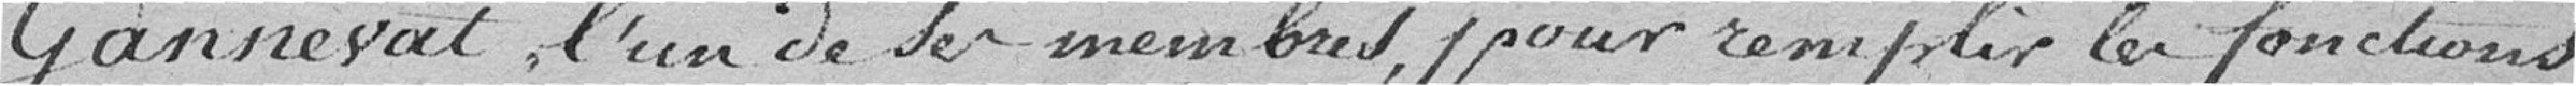
Gannevat, l'un de ses membres, pour remplir les fonctions